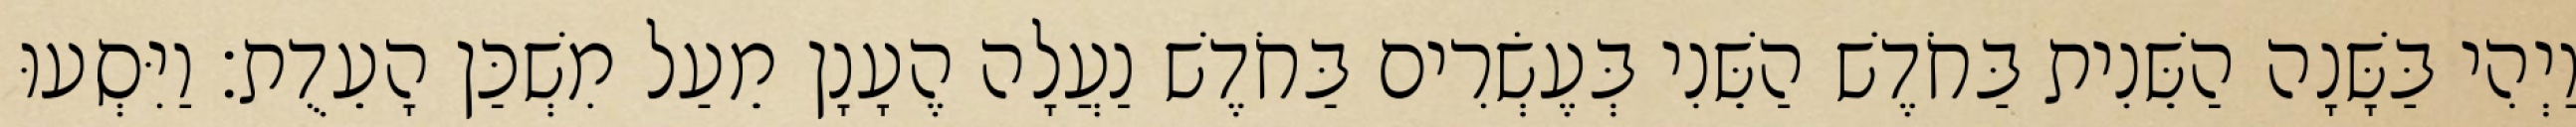
וַיְהִי בַּשָּׁנָה הַשֵּׁנִית בַּחֹדֶשׁ הַשֵּׁנִי בְּעֶשְׂרִים בַּחֹדֶשׁ נַעֲלָה הֶעָנָן מֵעַל מִשְׁכַּן הָעֵדֻת׃ וַיִּסְעוּ